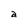
Character: a